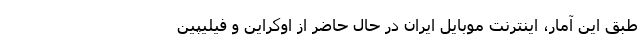
طبق این آمار، اینترنت موبایل ایران در حال حاضر از اوکراین و فیلیپین